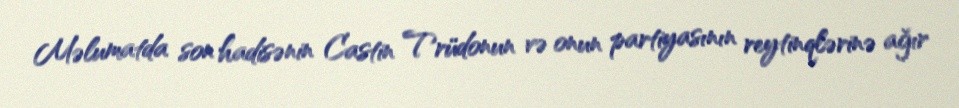
Məlumatda son hadisənin Castin Trüdonun və onun partiyasının reytinqlərinə ağır